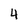
Character: 4